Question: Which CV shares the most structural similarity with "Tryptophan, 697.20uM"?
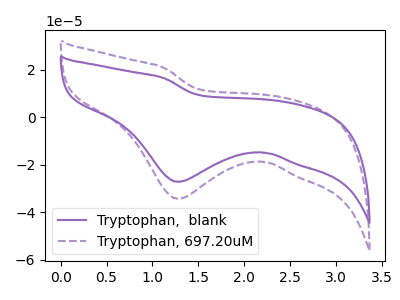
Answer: <think>The purple curve "Tryptophan,  blank" has a cathodic peak at: (1.30V, -27.15uA). The purple dashed curve "Tryptophan, 697.20uM" has a cathodic peak at: (1.30V, -34.25uA).
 All the peaks in "Tryptophan,  blank" have a peak in "Tryptophan, 697.20uM" at the same potential. Every peak in "Tryptophan,  blank" is lower than every peak in "Tryptophan, 697.20uM".</think>
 <answer>The CV with the most similar shape to "Tryptophan,  blank" is "Tryptophan, 697.20uM".</answer>
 <eval>"Tryptophan, 697.20uM"</eval>